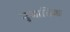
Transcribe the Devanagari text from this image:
नृजातिक